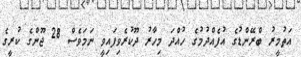
އަތުމީރު ބްރޭންޑުގެ އުފެއްދުމުގެ ހުއްދަ މިހާރު ދޫކުރެވިފައިވީ ނަމަވެސް 28 ޖޫންގެ ކުރީގެ